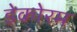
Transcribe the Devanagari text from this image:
डेकोरम